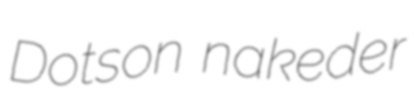
Dotson nakeder